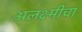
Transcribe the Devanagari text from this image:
अलक्ष्मीचा